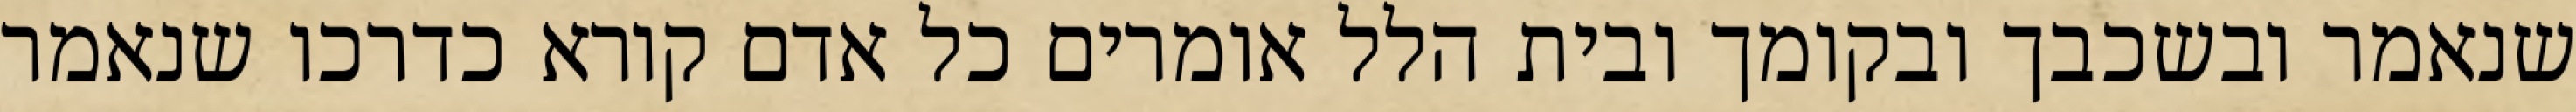
שנאמר ובשכבך ובקומך ובית הלל אומרים כל אדם קורא כדרכו שנאמר